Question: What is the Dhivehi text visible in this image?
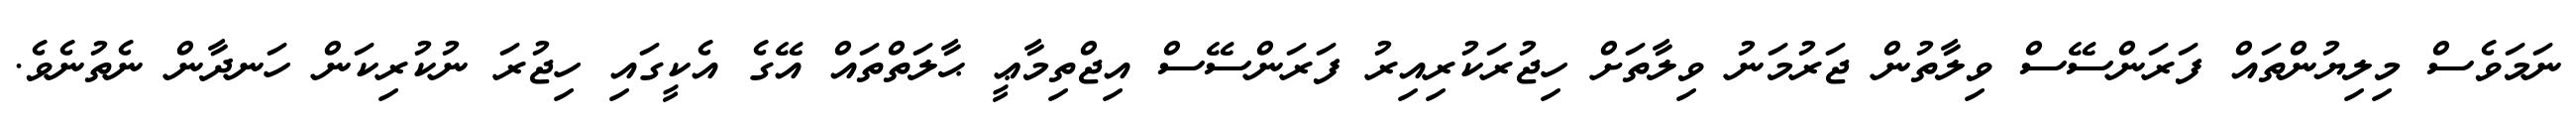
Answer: ނަމަވެސް މިލިޔުންތައް ފަރަންސޭސް ވިލާތުން ޖަރުމަނު ވިލާތަށް ހިޖުރަކުރިއިރު ފަރަންސޭސް އިޖްތިމާޢީ ޙާލަތްތައް އޭގެ އެކީގައި ހިޖުރަ ނުކުރިކަން ހަނދާން ނެތުނެވެ.